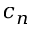
c _ { n }